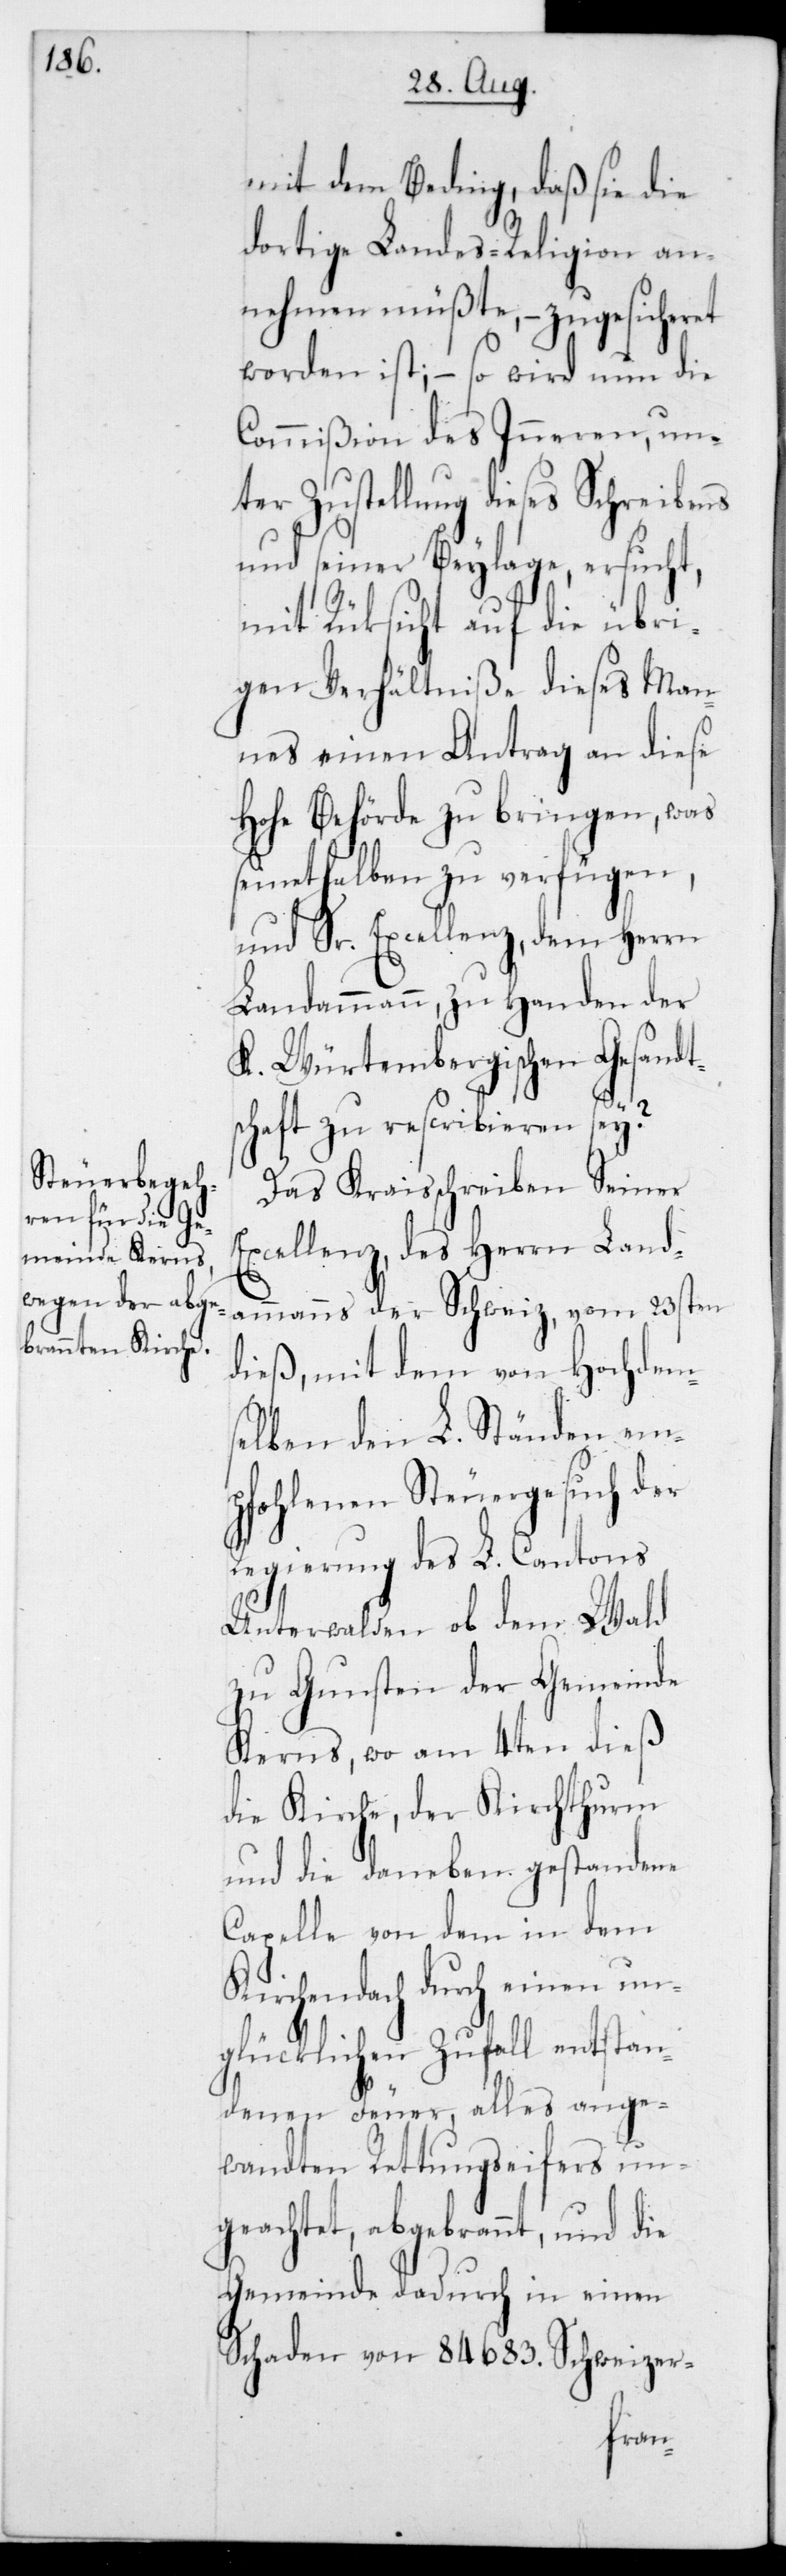
mit dem Beding, daß sie die
dortige Landesreligion an¬
nehmen müßte, – zugesicheret
worden ist; – so wird nun die
Commißion des Inneren, un¬
ter Zustellung dieses Schreibens
und seiner Beylage, ersucht,
mit Rücksicht auf die übri¬
gen Verhältniße dieses Man¬
nes einen Antrag an diese
Hohe Behörde zu bringen, was
seinethalben zu verfügen,
und Sr. Excellenz,dem Herrn
Landammann, zu Handen der
K. Würtembergischen Gesandt¬
schaft zu rescribieren sey?
Das Kreisschreiben Seiner
Excellenz,des Herrn Land¬
ammanns der Schweiz, vom 23sten
dieß, mit dem von Hochdem¬
selben den L. Ständen emp¬
fohlenen Steuergesuch der
Regierung des L. Cantons
K¬
Unterwalden ob dem
zu Gunsten der Gemeinde
Kerns, wo am 4ten
die Kirche, der Kirchthurm
und die daneben gestandene
Capelle von dem in dem
irchendach durch einen un¬
glücklichen Zufall entstan¬
denen Feuer, alles ange¬
wandten Rettungseifers un¬
geachtet, abgebrannt, und die
Gemeinde dadurch in einen
Schaden von 84‘683 Schweizer-